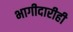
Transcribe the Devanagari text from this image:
भागीदारीही